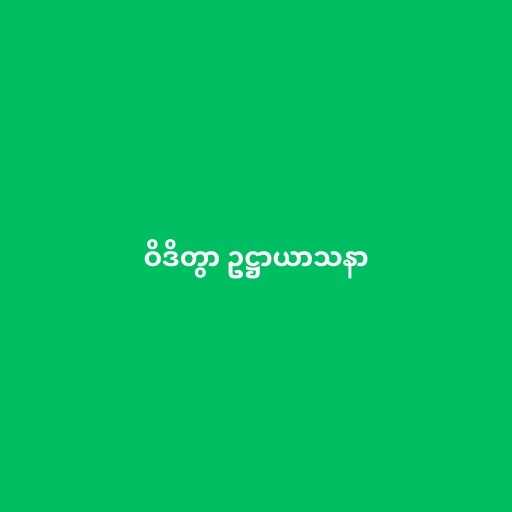
ဝိဒိတွာ ဥဋ္ဌာယာသနာ